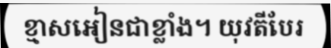
ខ្មាសអៀនជាខ្លាំង។ យុវតីបែរ